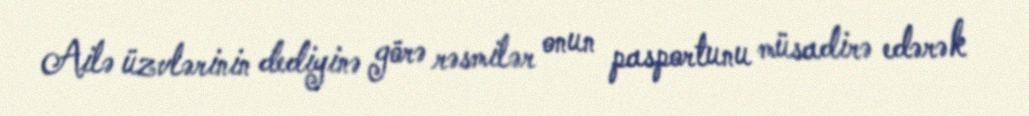
Ailə üzvlərinin dediyinə görə rəsmilər onun pasportunu müsadirə edərək